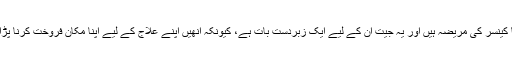
اولگا کینسر کی مریضہ ہیں اور یہ جیت ان کے لیے ایک زبردست بات ہے، کیونکہ انھیں اپنے علاج کے لیے اپنا مکان فروخت کرنا پڑا تھا۔